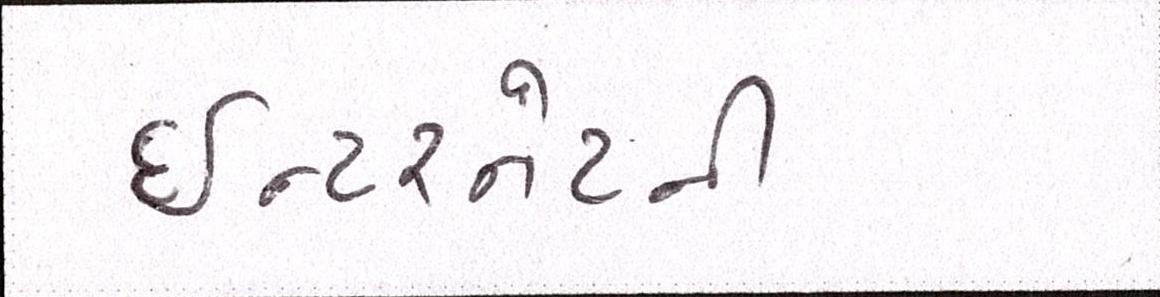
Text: ઈન્ટરનેટની